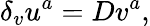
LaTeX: \delta_{v}u^{a}=Dv^{a},